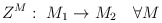
\begin{align*}Z^M : \ M_1 \rightarrow M_2 \ \ \ \forall M\end{align*}